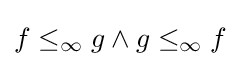
f\leq _{\infty }g\wedge g\leq _{\infty }f